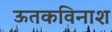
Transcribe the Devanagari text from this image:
ऊतकविनाश